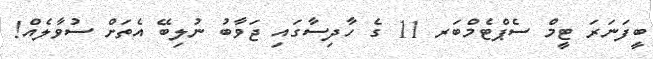
ބީފަނަރަ ޓީމް ސެޕްޓެމްބަރ 11 ގެ ހާދިސާގައި ޖަވާބު ނުލިބޭ އެތަށް ސުވާލެއް!